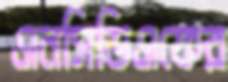
এনসিডিএফের